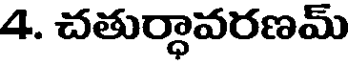
4. చతుర్ధావరణమ్